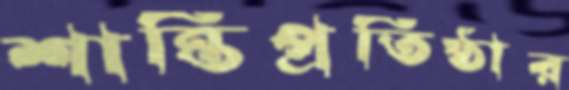
শান্তিপ্রতিষ্ঠার